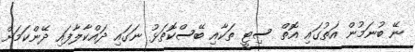
ނޭ ބުނަމުން އަތުގައި އޮތް ސިޓީ ތަކާއި ބޭސްކޮތަޅު ނަގައި ދައްކާލާފައި ދޭންކަމަށް